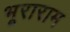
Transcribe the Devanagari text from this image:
भूराराम